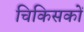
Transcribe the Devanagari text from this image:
चिकिसकों